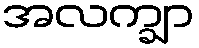
အလက္ချာ